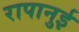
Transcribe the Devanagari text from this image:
रापानुई